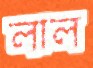
লাল